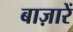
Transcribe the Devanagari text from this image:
बाज़ारें